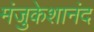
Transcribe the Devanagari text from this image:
मंजुकेशानंद